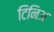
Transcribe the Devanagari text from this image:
टिनिअ